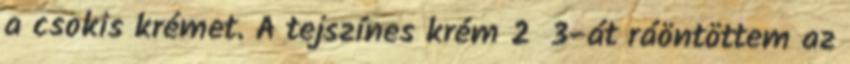
a csokis krémet. A tejszínes krém 2 3-át ráöntöttem az